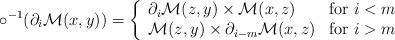
LaTeX: \begin{align*} \circ^{-1}(\partial_i \mathcal{M}(x,y)) = \left\{ \begin{array}{lr} \partial_i \mathcal{M}(z,y)\times \mathcal{M}(x,z) & \mbox{for }i<m \\ \mathcal{M}(z,y)\times \partial_{i-m}\mathcal{M}(x,z) & \mbox{for }i>m \end{array}\right.\end{align*}